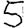
Digit: 5